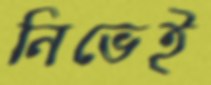
নিভেই